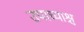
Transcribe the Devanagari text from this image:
उपाध्याश्च